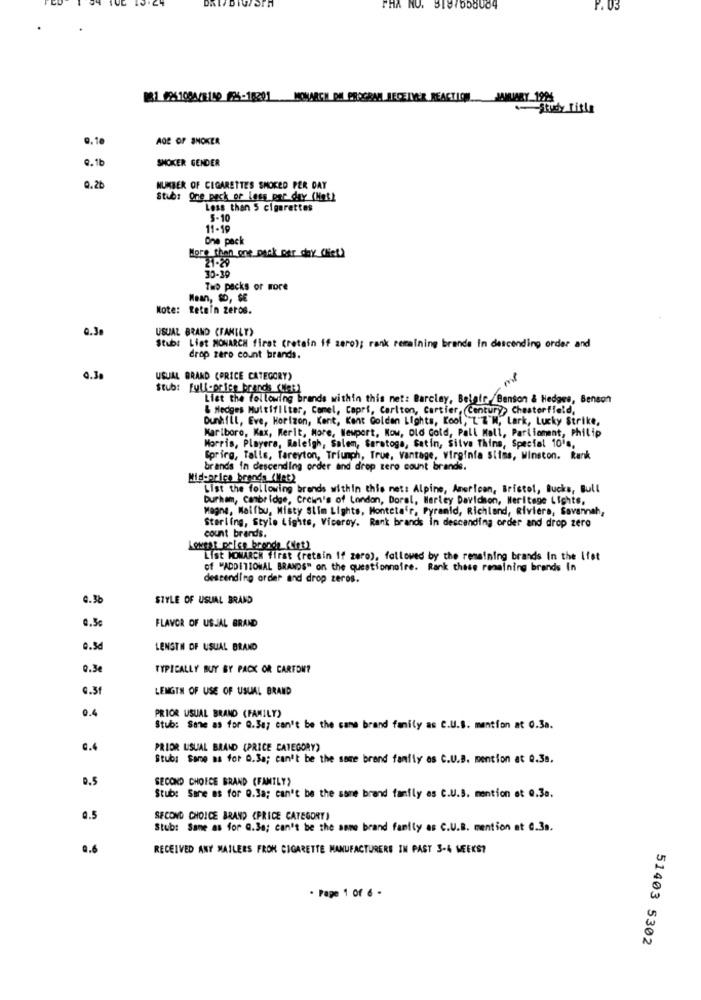
PHA NO. 3197555084
.03
W81 026108A/3100 83-18201 MONARCH DE PROGRAM RECEIVER REACTION JANUARY 19%
Study Title
AGE OF SNOKER
9.1b
SHOKER GENDER
0.2
NUMBER OF CIGARETTES SMOKED PER DAY
Stubs One pack or less per day (Math
Less than 5 cigarettes
5-10
11-19
One pack
More than one pack per day (liet)
21-29
30-30
Two packs or more
Mean, SD, SE
Note: Retain zeros.
0.3
USUAL BRAND (FAMILY)
Stub: List MONARCH first (retain if zero); rank remaining brands in descending order and
drop zero count brands.
0.3
USUAL BRAND (PRICE CATEGORY)
ml
Stub: Full-pries brands (Cet)
Liet the following brands within this net: Barclay, Belair /Benson & Hedges, Benson
& Hedges Multifilter, Comel, Capri, Carlton, Cartier, (Century, Chesterfield,
Dunhill, Eve, Horizon, Kent, Kent Golden Lights, Kool, L'Z'M, Lark, Lucky Strike,
Kariboro, Max, Werit, More, Newport, Now, Old Gold, Pall Mall, Parliament, Philip
Morris, Playera, Raleigh, Salem, Saratoga, Satin, Silva Thins, Special 10's,
Spring, Talle, fareyton, Triumph, True, vantage, Virginia slims, Winston. Rank
brands in descending order and drop zero count brands.
Mid-price brands_(Met)
List the following brands within this net: Alpine, American, Bristol, Bucks, Bull
Durham, Cambridge, Crown's of London, Doral, Harley Davidson, Heritage Lights,
Magne, Maifbu, Misty Slim Lights, Monteta'r, Pyramid, Richland, Riviera, Savannah,
Sterling, Style Lights, Viceroy. Rank brands in descending order and drop zero
count brands.
Lowest polen bronde (uint)
List MONARCH first (retain If zero), followed by the remaining brands in the ifst
of "ADDITIONAL BRANDS" on the questionnaire. Rank these remaining brands in
descending order and drop zeros.
4.36
STYLE OF USUAL BRAND
0.5€
FLAVOR OF USJAL BRAND
0.5d
LENGTH OF USUAL BRAND
0.3€
TYPICALLY BUY BY PACK OR CARTON?
9.3f
LENGTH OF USE OF USUAL BRAND
0.4
PRIOR USUAL BRAND (FAMILY)
Stub: Sene as for Q.38; can't be the cane brand family as C.U.S. mention at 0.3a.
0.4
PRIOR USUAL BRAND (PRICE CATEGORY)
Stubs Same as for Q.3a; can't be the same brand family os C.U.B. mention at Q.38.
D.S
SECOND CHOICE BRAND (FAMILY)
Stub: Same as for Q.3a; can't be the same brand family es C.U.S. mention et Q.3a.
0.5
SECOND CHOICE BRAND (PRICE CATEGORY)
Stub: Same as for @.Se; can't be the same brand family as C.U.B. mention at G.30.
0.6
RECEIVED ANY MAILERS FROM CIGARETTE MANUFACTURERS IN PAST 3-4 WEEKS?
· Page 1 of 6 -
51403 5302